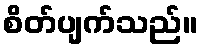
စိတ်ပျက်သည်။